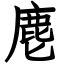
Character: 麀